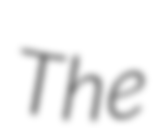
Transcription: The